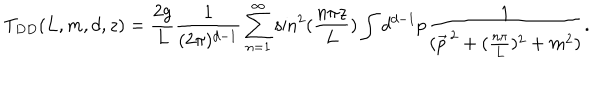
LaTeX: T _ { D D } ( L , m , d , z ) = \frac { 2 g } { L } \frac { 1 } { ( 2 \pi ) ^ { d - 1 } } \sum _ { n = 1 } ^ { \infty } \sin ^ { 2 } ( \frac { n \pi z } { L } ) \int d ^ { d - 1 } p \frac { 1 } { ( \vec { p } ^ { \, 2 } + ( \frac { n \pi } { L } ) ^ { 2 } + m ^ { 2 } ) } .